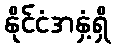
နိုင်ငံအနှံ့ရှိ